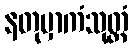
နတုမှာကံသုတ္တံ